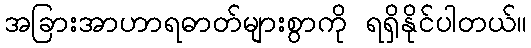
အခြားအာဟာရဓာတ်များစွာကို ရရှိနိုင်ပါတယ်။